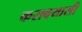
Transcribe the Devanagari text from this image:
करावयासी